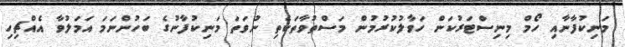
މަނިކުފާނާއި ހޯމް މިނިސްޓަރުކަން ހަވާލުކުރުމުން މަސްތުވާތަކެތި ނުވަތަ މަނިކުފާނުގެ ބަހުންނަމަ އަމަލުވާ އެއްޗިހި